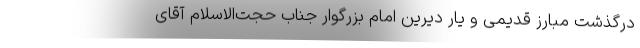
درگذشت مبارز قدیمی و یار دیرین امام بزرگوار جناب حجت‌الاسلام آقای